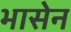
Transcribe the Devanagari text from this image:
भासेन